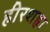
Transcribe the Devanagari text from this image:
हीरशहा